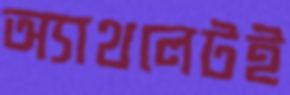
অ্যাথলেটই